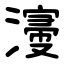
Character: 濅